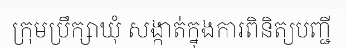
ក្រុមប្រឹក្សាឃុំ សង្កាត់ក្នុងការពិនិត្យបញ្ជី